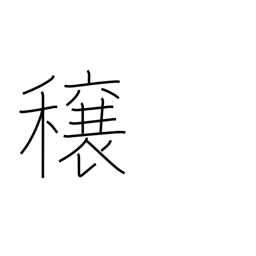
Meaning: good crops